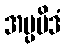
အပ္ပမိဒံ